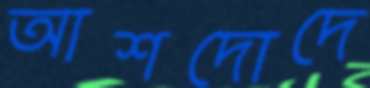
আশদোদে